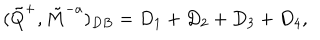
LaTeX: ( \tilde { Q } ^ { + } , \tilde { M } ^ { - a } ) _ { D B } = D _ { 1 } + D _ { 2 } + D _ { 3 } + D _ { 4 } ,